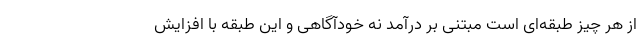
از هر چیز طبقه‌ای است مبتنی بر درآمد نه خودآگاهی و این طبقه با افزایش